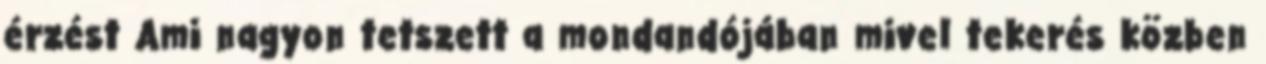
érzést Ami nagyon tetszett a mondandójában mivel tekerés közben